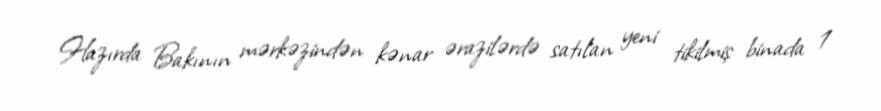
Hazırda Bakının mərkəzindən kənar ərazilərdə satılan yeni tikilmiş binada 1